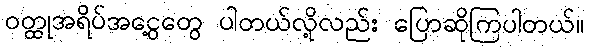
ဝတ္ထုအရိပ်အငွေ့တွေ ပါတယ်လို့လည်း ပြောဆိုကြပါတယ်။